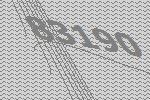
83190